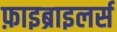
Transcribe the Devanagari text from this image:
फ़ाइब्राइलर्स